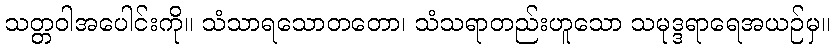
သတ္တဝါအပေါင်းကို။ သံသာရသောတတော၊ သံသရာတည်းဟူသော သမုဒ္ဒရာရေအယဉ်မှ။